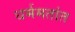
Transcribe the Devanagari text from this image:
धर्ममतांत